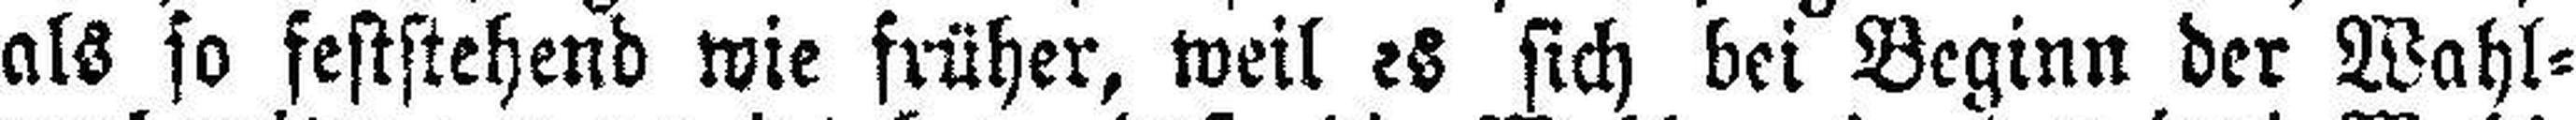
als so feststehend wie früher, weil es sich bei Beginn der Wahl¬